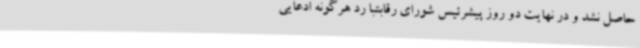
حاصل نشد و در نهایت دو روز پیشرئیس شورای رقابتبا رد هرگونه ادعایی